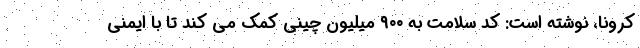
کرونا، نوشته است: کد سلامت به ۹۰۰ میلیون چینی کمک می کند تا با ایمنی